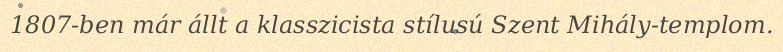
1807-ben már állt a klasszicista stílusú Szent Mihály-templom.